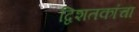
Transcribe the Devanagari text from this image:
द्विशतकांचा